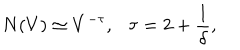
N ( V ) \simeq V ^ { - \tau } , \tau = 2 + \frac { 1 } { \delta } ,